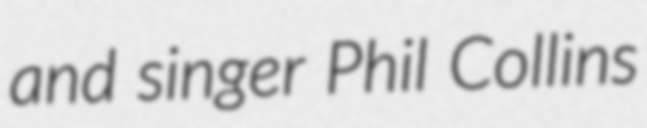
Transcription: and singer Phil Collins